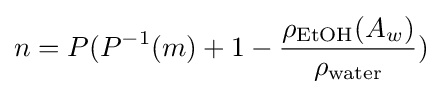
n=P(P^{-1}(m)+1-{\frac {\rho _{\text{EtOH}}(A_{w})}{\rho _{\text{water}}}})